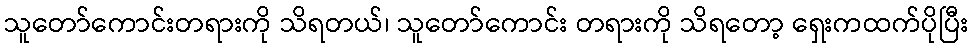
သူတော်ကောင်းတရားကို သိရတယ်၊ သူတော်ကောင်း တရားကို သိရတော့ ရှေးကထက်ပိုပြီး